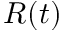
R ( t )